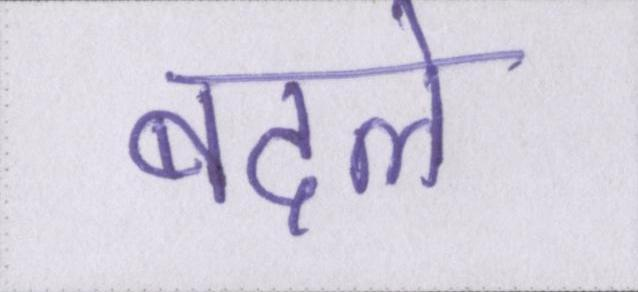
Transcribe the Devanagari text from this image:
बदले